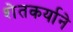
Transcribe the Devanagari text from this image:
शेतकर्याने